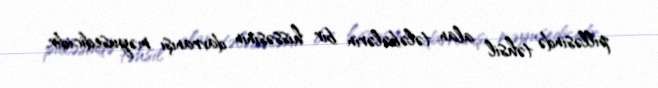
pilləsində təhsil alan tələbələrin bir hissəsinin davranışı məyusedicidir.